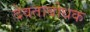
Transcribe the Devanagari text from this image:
देवताबोधक